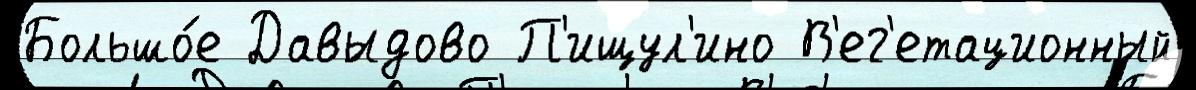
Большо́е Давыдово П'ищул'ино В'ег'етационный